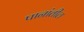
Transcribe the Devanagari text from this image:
पानांतील